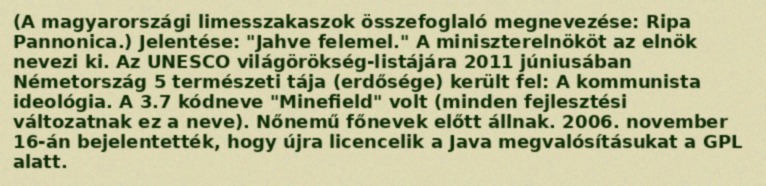
(A magyarországi limesszakaszok összefoglaló megnevezése: Ripa Pannonica.) Jelentése: "Jahve felemel." A miniszterelnököt az elnök nevezi ki. Az UNESCO világörökség-listájára 2011 júniusában Németország 5 természeti tája (erdősége) került fel: A kommunista ideológia. A 3.7 kódneve "Minefield" volt (minden fejlesztési változatnak ez a neve). Nőnemű főnevek előtt állnak. 2006. november 16-án bejelentették, hogy újra licencelik a Java megvalósításukat a GPL alatt.